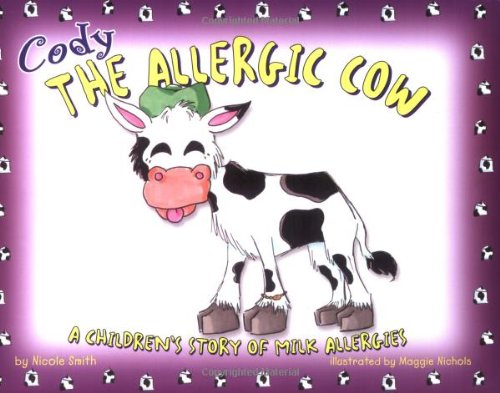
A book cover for Cody the Allergic Cow: A Children's Story of Milk Allergies; Nicole Smith; Health, Fitness & Dieting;